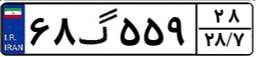
۶۸گ۵۵۹۲۸